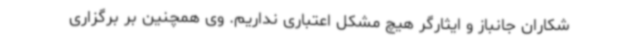
شکاران جانباز و ایثارگر هیچ مشکل اعتباری نداریم. وی همچنین بر برگزاری